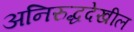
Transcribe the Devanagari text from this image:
अनिरुद्धदेखील